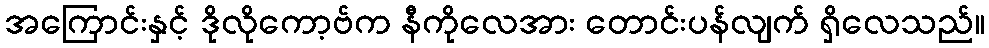
အကြောင်းနှင့် ဒိုလိုကော့ဗ်က နီကိုလေအား တောင်းပန်လျက် ရှိလေသည်။